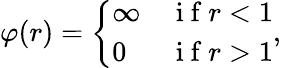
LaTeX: \varphi(r)=\left\{ \begin{array}{ll}{\infty}&{\mathrm{~i~f~}r<1}\\ {0}&{\mathrm{~i~f~}r>1}\end{array}\right.,